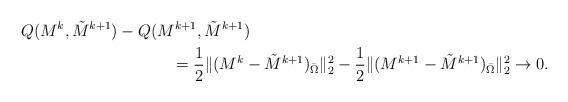
LaTeX: \begin{align*} Q(M^{k},\tilde M^{k+1})-Q( M^{k+1},\tilde M^{k+1})\\&\hskip -2 cm=\frac{1}{2}\Vert (M^{k}-\tilde M^{k+1})_{\bar \Omega}\Vert^{2}_{2}-\frac{1}{2}\Vert (M^{k+1}-\tilde M^{k+1})_{\bar \Omega}\Vert^{2}_{2}\rightarrow 0. \end{align*}